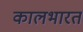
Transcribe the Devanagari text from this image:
कालभारत